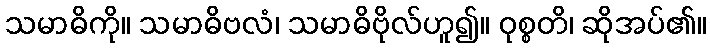
သမာဓိကို။ သမာဓိဗလံ၊ သမာဓိဗိုလ်ဟူ၍။ ဝုစ္စတိ၊ ဆိုအပ်၏။